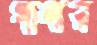
খানার